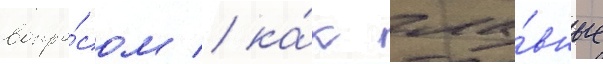
вопро́сом / ка́к гла́вные